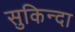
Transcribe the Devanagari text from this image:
सुकिन्दा